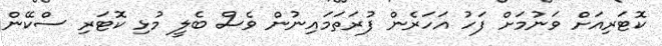
ކޮޓަރިއަށް ވަނުމަށް ފަހު އަހަރެން ފުރަތަމައިނުން ވެސް ބެލީ މުޅި ކޮޓަރި ސްކޭން